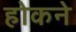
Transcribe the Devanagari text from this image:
होकने